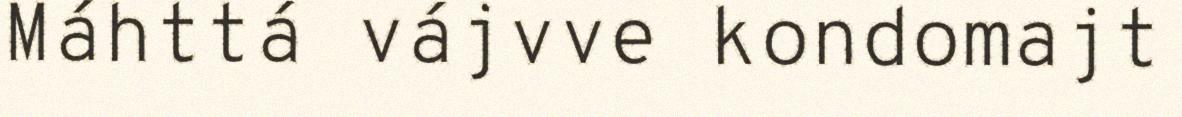
Máhttá vájvve kondomajt